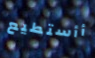
أأستطيع